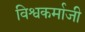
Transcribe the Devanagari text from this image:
विश्वकर्माजी